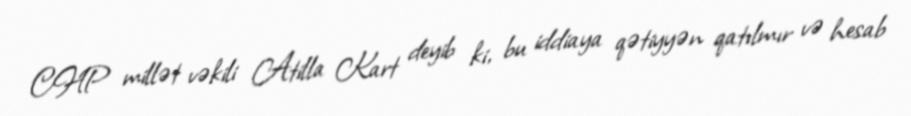
CHP millət vəkili Atilla Kart deyib ki, bu iddiaya qətiyyən qatılmır və hesab